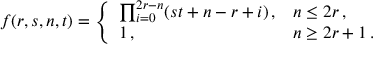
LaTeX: f ( r , s , n , t ) = \left\{ \begin{array} { l l } { { \prod _ { i = 0 } ^ { 2 r - n } ( s t + n - r + i ) \, , } } & { { n \leq 2 r \, , } } \\ { { 1 \, , } } & { { n \geq 2 r + 1 \, . } } \end{array} \right.